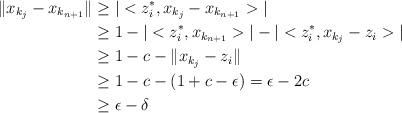
LaTeX: \begin{align*}\|x_{k_{j}}-x_{k_{n+1}}\|&\geq |<z^{*}_{i},x_{k_{j}}-x_{k_{n+1}}>|\\&\geq 1-|<z^{*}_{i},x_{k_{n+1}}>|-|<z^{*}_{i},x_{k_{j}}-z_{i}>|\\&\geq 1-c-\|x_{k_{j}}-z_{i}\|\\&\geq 1-c-(1+c-\epsilon)=\epsilon-2c\\&\geq \epsilon-\delta\\\end{align*}